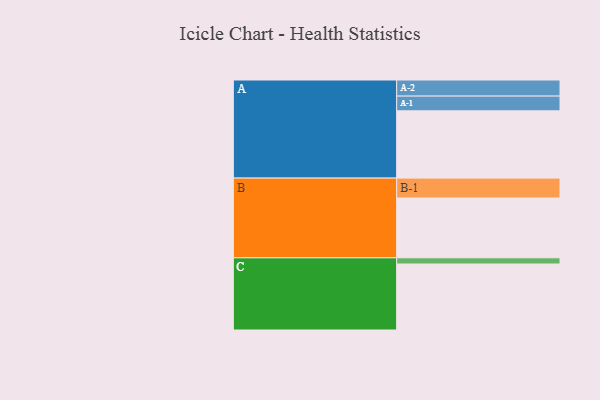
{"axis": {"x": "Segment", "y": "Value"}, "legend": ["", "A", "B", "C"], "data": [{"x": "A", "y": 589, "type": ""}, {"x": "B", "y": 524, "type": ""}, {"x": "C", "y": 578, "type": ""}, {"x": "A-1", "y": 129, "type": "A"}, {"x": "A-2", "y": 141, "type": "A"}, {"x": "B-1", "y": 174, "type": "B"}, {"x": "C-1", "y": 54, "type": "C"}]}